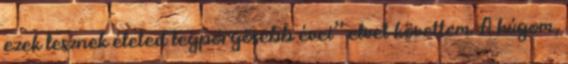
ezek lesznek életed legpörgõsebb évei” elvet követtem. A húgom,